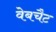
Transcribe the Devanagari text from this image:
वेबचैट